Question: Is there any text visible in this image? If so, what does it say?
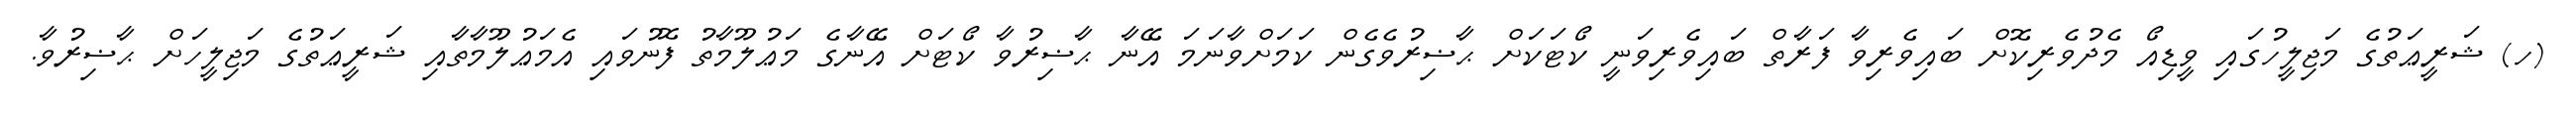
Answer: (ހ) ޝަރީޢަތުގެ މަޖިލީހުގައި ވީޑިއޯ މެދުވެރިކޮށް ބައިވެރިވާ ފަރާތް ބައިވެރިވަނީ ކޯޓަކަށް ޙާޟިރުވެގެން ކަމަށްވާނަމަ އޭނާ ޙާޟިރުވާ ކޯޓަށް އޭނާގެ މަޢުލޫމާތު ފޮނުވައި އެމަޢުލޫމާތާއި ޝަރީޢަތުގެ މަޖިލީހަށް ޙާޟިރުވާ.